Vaccination Hyderabad 1890-1903 - 1890-1903
Year: 1890
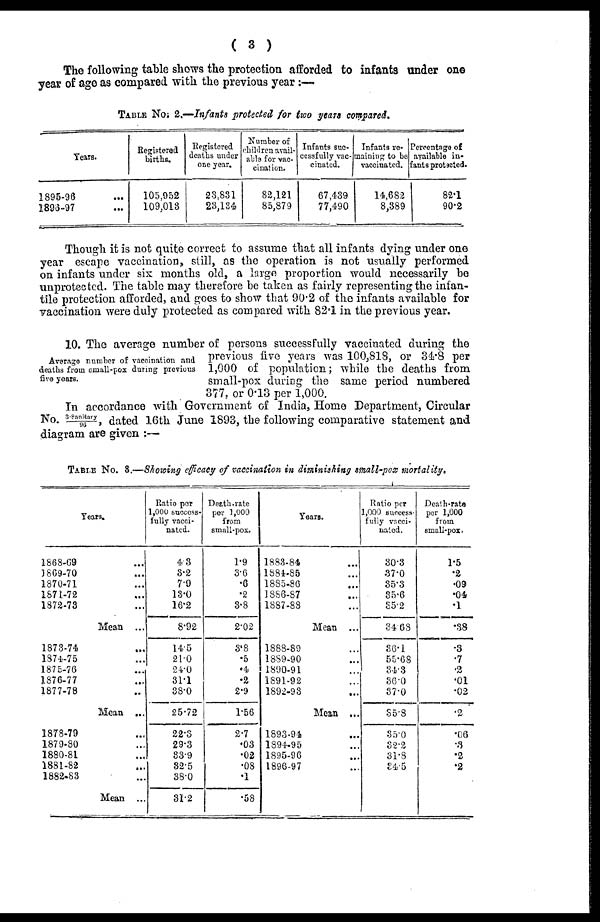
( 3 )
The following table shows the protection afforded to infants under one
year of age as compared with the previous year :—
TABLE No. 2.—Infants protected for two years compared.
Years.
1895-96 ...
1896-97 ...
Registered
births.
105,952
109,018
Registered
deaths under
one year.
23,831
23,134
Number of
children avail¬
able for vac-
cination.
82,121
85,879
Infants suc-
cessfully vac-
cinated.
67,439
77,490
Infants re-
maining to be
vaccinated.
14,682
8,389
Percentage of
available in-
-ants protected.
82.1
90.2
Though it is not quite correct to assume that all infants dying under one
year escape vaccination, still, as the operation is not usually performed
on infants under six months old, a large proportion would necessarily be
unprotected. The table may therefore be taken as fairly representing the infan-
tile protection afforded, and goes to show that 90.2 of the infants available for
vaccination were duly protected as compared with 82.1 in the previous year.
Average number of vaccination and
deaths from small-pox during previous
five years.
10. The average number of persons successfully vaccinated during the
previous five years was 100,818, or 34.8 per
1,000 of population; while the deaths from
small-pox during the same period numbered
377, or 0.13 per 1,000.
In accordance with Government of India, Home Department, Circular
No. 3.Sanitary/96, dated 16th June 1893, the following comparative statement and
diagram are given :—
TABLE No. 3.—Showing efficacy of vaccination in diminishing small-pox mortality.
Years.
1868-69 ...
1869-70 ...
1870-71 ...
1871-72 ...
1872-73 ...
Mean ...
1873-74 ...
1874-75 ...
1875-76 ...
1876-77 ...
1877-78 ...
Mean ...
1878-79 ...
1879-80 ...
1880-81 ...
1881-82 ...
1882-83 ...
Mean ...
Ratio per
1,000 success-
fully vacci-
nated.
4.3
3.2
7.9
13.0
16.2
8.92
14.5
21.0
24.0
31.1
38.0
25.72
22.3
29.3
33.9
32.5
38.0
31.2
Death rate
per 1,000
from
small-pox.
1.9
3.6
.6
.2
3.8
2.02
3.8
.5
.4
.2
2.9
1.56
2.7
.03
.02
.08
.1
.58
Years.
1883-84 ...
1884-85 ...
1885-86 ...
1886-87 ...
1887-88 ...
Mean ...
1888-89 ...
1889-90 ...
1890-91 ...
1891-92 ...
1892-93 ...
Mean ...
1893-94 ...
1894-95 ...
1895-96 ...
1896-97 ...
Ratio per
1,000 success-
fully vacci-
nated.
30.3
37.0
35.3
35.6
35.2
34.68
36.1
55.68
34.3
36.0
37.0
35.8
35.0
32.2
31.8
34.5
Death-rate
per 1,000
from
small-pox.
1.5
.2
.09
.04
.1
.38
.3
.7
.2
.01
.02
.2
.06
.3
.2
.2